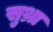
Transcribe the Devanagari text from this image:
सुथ्रा